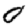
Digit: 0